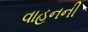
વાહનની